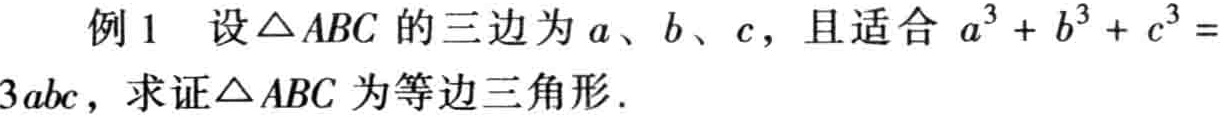
例 1 设$\triangle ABC$的三边为$a$、$b$、$c$，且适合$a^{3}+b^{3}+c^{3}=3abc$，求证$\triangle ABC$为等边三角形.